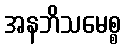
အနဘိသမေစ္စ